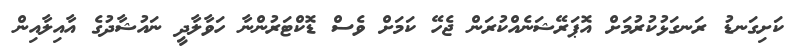
ކަށިގަނޑު ރަނގަޅުކުރުމަށް އޮޕަރޭޝަނެއްކުރަން ޖެހޭ ކަމަށް ވެސް ޑޮކްޓަރުންނާ ހަވާލާދީ ނައުޝާދުގެ އާއިލާއިން